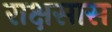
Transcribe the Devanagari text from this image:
राक्षसास